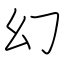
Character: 幻